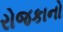
રોજકાનો